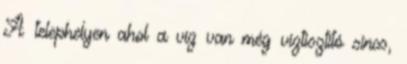
A telephelyen ahol a víz van még víztisztító sincs,